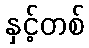
နှင့်တစ်